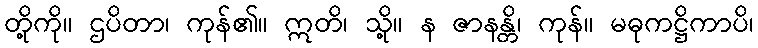
တို့ကို။ ဌပိတာ၊ ကုန်၏။ ဣတိ၊ သို့။ န ဇာနန္တိ၊ ကုန်။ မဓုကဋ္ဌိကာပိ၊